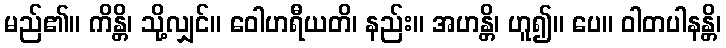
မည်၏။ ကိန္တိ၊ သို့လျှင်။ ဝေါဟရီယတိ၊ နည်း။ အဟန္တိ၊ ဟူ၍။ ပေ။ ဝါတပါနန္တိ၊